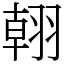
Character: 䎐